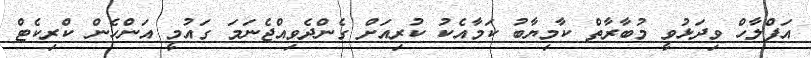
އަފްލާހް ވިދަޅުވީ މުބާރާތް ކާމިޔާބު ކަމާއެކު ކުރިއަށް ގެންދެވިއްޖެނަމަ ގައުމީ އަންހެން ކްރިކެޓް